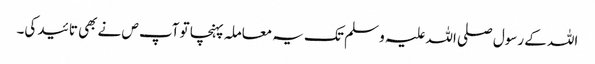
اللہ کے رسول صلی اللہ علیہ و سلم تک یہ معاملہ پہنچا تو آپ ص نے بھی تائید کی۔